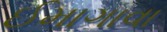
ઈમાગાવા